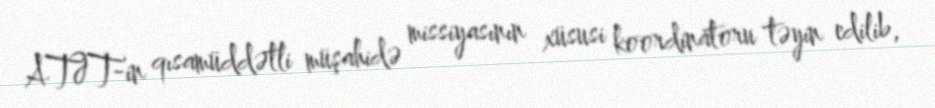
ATƏT-in qısamüddətli müşahidə missiyasının xüsusi koordinatoru təyin edilib,